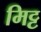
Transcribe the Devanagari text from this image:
मिट्ट